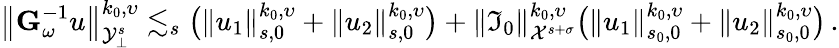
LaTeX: \big\| {\mathbf G}_{\omega}^{-1}u\big\| _{{\cal Y}_{\bot}^{s}}^{k_{0},\upsilon}\lesssim_{s}\big(\| u_{1}\| _{s,0}^{k_{0},\upsilon}+\| u_{2}\| _{s,0}^{k_{0},\upsilon}\big)+\| {\mathfrak I}_{0}\| _{{\cal X}^{s+\sigma}}^{k_{0},\upsilon}\big(\| u_{1}\| _{s_{0},0}^{k_{0},\upsilon}+\| u_{2}\| _{s_{0},0}^{k_{0},\upsilon}\big)\, .